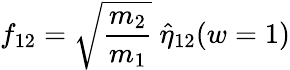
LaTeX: f_{12}=\sqrt{\frac{m_{2}}{m_{1}}}\ \hat{\eta}_{12}(w=1)